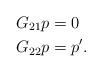
LaTeX: \begin{align*}G_{21}p&=0 \\ G_{22}p&=p'.\end{align*}